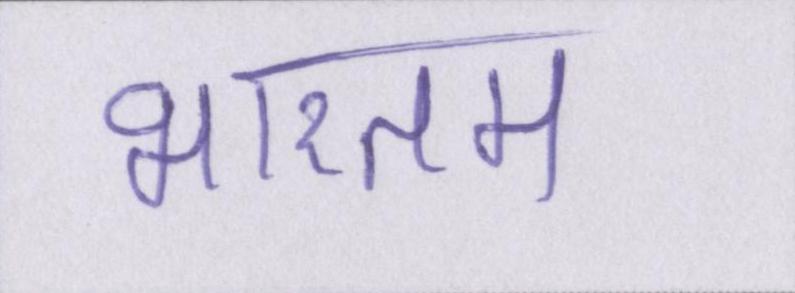
भारतम